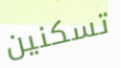
تسكنين